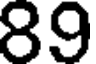
89